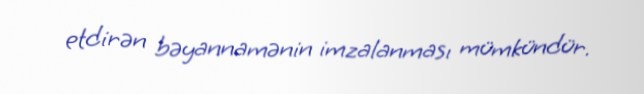
etdirən bəyannamənin imzalanması mümkündür.